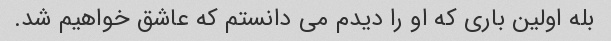
بله اولین باری که او را دیدم می دانستم که عاشق خواهیم شد.